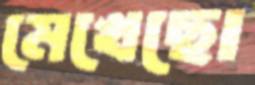
মেখেছো